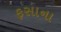
ફસાના